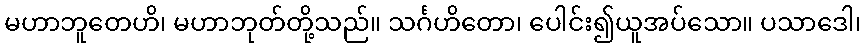
မဟာဘူတေဟိ၊ မဟာဘုတ်တို့သည်။ သင်္ဂဟိတော၊ ပေါင်း၍ယူအပ်သော။ ပသာဒေါ၊